Annual statistical returns and brief notes on vaccination in Bengal - 1887-1898
Year: 1887
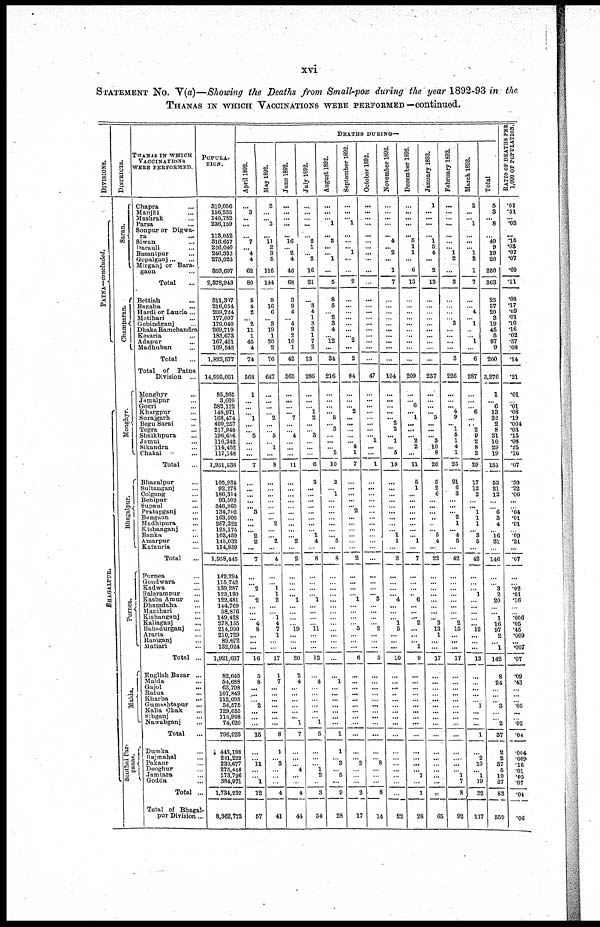
xvi
STATEMENT No. V(a)—Showing the Deaths from Small-pox during the year 1892-93 in the.
THANAS IN WHICH VACCINATIONS WERE PERFORMED—continued.
DIVISIONS.
PATNA—concluded.
BHAGAL P UR.
DISTRICTS.
Saran.
Champaran.
Monghyr.
Bhagalpur.
Pur nea.
Malda.
Sonthal Par¬
gunas.
THANAS IN WHICH
VACCINATIONS
WERE PERFORMED.
Chapra ...
Manjhi ...
Mashrak ...
Parsa ...
Sonpur or Digwa¬
ra
...
Siwan ...
Darauli ...
Basantpur ...
Gopalganj ... ...
Mirganj or Bara¬
gaon ...
Total ...
Bettiah
...
Bagaha ...
Hardi or Lauria...
Motihari
...
Gobindganj ...
Dhaka Ramchandra
Kesaria ...
Adapur ...
Madhuban ...
Total
...
Total of Patna
Division ...
Monghyr ...
Jamalpur ...
Gogri ...
Khargpur ...
Surajgarh ...
Begu Sarai ...
Tegra ...
Shaikhpura ...
Jamui ...
Sikandra ...
Chakai ...
Total ...
Bhagalpur ...
Sultanganj ...
Colgong ...
Behipur ...
Supaul ...
Pratapganj ...
Bangaon ...
Madhipura ...
Kishanganj ...
Banka ...
Amarpur
...
Katauria ...
Total ...
Purnea ...
Goudwara ...
Kadwa ...
Balarampur ...
Kasba Amur ...
Dhamdaha ...
Manihari ...
Kishanganj ...
Kaliaganj
...
Bahadurganj ...
Araria ...
Raniganj ...
Matiari ...
Total ...
English Bazar ...
Malda ...
Gajol ...
Batata ...
Kharba
...
Gumashtapur ...
Kalia Chak ...
Sibganj ...
Nawabganj ...
Total ...
Dumka ...
Rajmahal ...
Pakaur ...
Deoghur ...
Jamtara ...
Godda ...
Total ...
Total of Bhagal-
pur Division ...
POPULA-
----.
310,056
156,235
145,732
236,159
113,052
316,657
226,040
240,332
275,023
359,607
2,378,943
311,307
216,054
209,724
177,097
179,040
269,719
183,673
167,421
109,542
1,823,577
14,995,051
85,565
3,609
382,122
148,971
168,474
400,257
217,940
196,636
116,342
114,452
117,148
1,931,536
105,934
92,278
186,314
93,502
346,860
134,702
163,008
287,322
125,175
163,459
145,032
114,859
1,958,445
142,294
115,742
139,287
123,190
122,481
144,769
58,876
149,428
278,155
214,990
210,729
89,672
132,024
1,921,637
82,645
54,688
63,798
107,849
112,095
56,575
129,655
114,998
74,620
796,923
449,188
221,222
230,677
275,448
173,726
384,971
1,734,232
8,362,773
DEATHS DURING—
April 1892.
...
3
...
...
...
7
...
4
4
62
80
5
4
2
... 2
11
1
45
4
74
568
1
...
...
...
1
... ...
5
...
...
...
7
...
...
...
...
... 3
...
...
... 2
2
...
7
...
... 2
... 2
...
...
... 4
8
...
...
...
16
5
8
...
...
... 2
...
...
...
15
...
... 11
...
... 1
12
57
May 1892.
2
...
... 5
...
11
2
3
5
116
144
9
16
6
... 3
19
1
20
2
76
647
...
...
...
... 2
...
... 5
... 1
...
8
...
...
... ...
...
...
... 2
...
... 2
...
4
...
... 1
1
2
...
... 1
4
7
1
...
...
17
1
7
...
...
...
...
...
...
...
8
1
... 3
...
...
...
4
41
June 1892.
...
...
...
...
...
16
... 2
4
46
68
3
9
4
... 4
9
2
10
1
42
365
...
...
...
... 7
...
... 4
...
...
...
11
...
...
...
...
...
...
...
...
...
... 2
...
2
...
...
...
... 1
...
...
...
... 19
...
...
...
20
2
4
...
...
...
...
...
... 1
7
...
...
... 4
...
...
4
44
July 1892.
...
...
...
...
...
2
1
... 2
16
21
...
3
4
1
3
2
1
7
2
23
286
...
...
... 1
2
...
... 3
...
...
...
6
3
...
...
...
...
...
...
...
... 1
4
...
8
...
...
...
... 1
...
...
...
... 11
...
...
...
12
...
4
...
...
...
...
...
... 1
5
...
...
... 1
2
...
3
34
August 1892.
...
...
... 1
...
3
...
... 1
...
5
8
5
... 2
3
4
... 12
...
34
216
...
...
...
... 5
... 3
...
...
... 2
10
2
... 1
...
...
...
...
...
...
... 5
...
8
...
...
...
...
...
...
...
...
...
...
...
...
...
...
...
1
...
...
...
...
...
...
...
1
1
... 3
... 5
...
9
28
September 1892.
...
...
... 1
...
...
... 1
...
...
2
...
...
...
...
...
...
... 2
...
2
84
...
...
... 2
...
...
...
...
... 4
1
7
...
...
... ...
... 2
...
...
...
...
...
...
2
...
...
...
... 1
...
...
...
... 5
...
...
...
6
...
...
...
...
...
...
...
...
...
...
...
... 2
...
...
...
2
17
October 1892.
...
...
...
...
...
...
...
...
...
...
...
...
...
...
...
...
...
...
...
...
...
47
...
...
...
...
...
...
...
... 1
...
...
1
...
...
... ...
...
...
...
...
...
...
...
...
...
...
...
...
... 3
...
...
...
... 2
...
...
...
5
...
...
...
...
...
...
...
...
...
...
...
... 8
...
...
...
8
14
November 1892.
...
...
...
...
...
4
... 2
...
1
7
...
...
...
...
...
...
...
...
...
...
104
...
...
...
...
... 2
2
... 1
... 5
10
...
...
... ...
...
...
...
...
... 1
1
...
2
...
...
...
... 4
...
...
... 1
5
...
...
...
10
...
...
...
...
...
...
...
...
...
...
...
...
...
...
...
...
...
22
December 1892.
...
...
...
...
...
5
1
1
...
6
13
...
...
...
...
...
... ...
...
...
...
209
...
... 6
... 1
...
...
... 2
2
...
11
5
1
...
...
...
...
...
...
...
... 1
...
7
...
...
...
... 6
...
...
... 2
...
...
... 1
9
...
...
...
...
...
...
...
...
...
...
...
...
...
... 1
...
1
28
January 1893.
1
...
...
...
...
1
5
4
...
2
13
...
...
...
...
...
...
...
...
...
...
237
...
...
...
... 5
...
...
... 3
10
8
26
5
2
6
...
...
...
...
...
... 5
4
...
22
...
...
...
...
...
...
...
... 3
13
1
...
...
17
...
...
...
...
...
...
...
...
...
...
...
...
...
...
...
...
17
65
February 1893.
...
...
...
...
...
...
... 1
2
...
3
...
...
...
... 3
...
...
...
...
3
226
...
...
... 4
9
... 1
5
1
4
1
25
21
6
3
...
...
... 2
1
... 4
5
...
42
...
...
...
...
...
...
...
... 2
15
...
...
...
17
...
...
...
...
...
...
...
...
...
...
...
...
...
... 1
7
8
92
March 1893.
2
...
... 1
...
...
... 1
2
1
7
...
... 4
... 1
...
... 1
...
6
287
...
...
... 6
...
... 2
9
2
8
2
29
17
12
2
...
... 1
1
1
... 3
5
...
42
...
...
... 1
...
...
...
...
... 12
...
...
...
13
...
...
...
...
... 1
...
...
...
1
...
2
10
... 1
19
32
117
Total
5
3
... 8
...
49
9
19
20
250
363
25
37
20
3
19
45
5
97
9
260
3,276
1
... 6
13
32
2
8
31
10
29
19
151
53
21
12
...
... 6
3
4
... 16
31
...
146
...
... 3
2
20
...
... 1
16
97
2
...
1
142
8
24
...
...
... 3
...
... 2
37
2
2
37
5
10
27
83
559
RATIO OF DEATHS PER
1,000 OF POPULATION.
.01
.81
... .03
...
.15
.03
.07
.07
.69
.11
.08
.17
.09
.01
.10
.16
.02
.57
.08
.14
.21
.01
... .01
.08
.19
.004
.03
.15
.08
.26
.16
.07
.50
.22
.06
...
... .04
.01
.01
... .09
.21
...
.07
...
... .02
.01
.16
...
... .006
.05
.45
.009
...
.007
.07
.09
.43
...
...
... .05
...
... .02
.04
...
.009
.16
.01
.05
.07
.04
.06